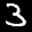
Label: 3